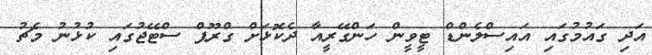
އަދި ގައުމުގައި އައިސްލެންޑް ޓީވީން ހަންގޭރީއާ ދެކޮޅަށް ގްރޫޕް ސްޓޭޖުގައި ކުޅުނު މެޗު